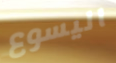
اليسوع